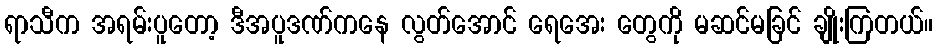
ရာသီက အရမ်းပူတော့ ဒီအပူဒဏ်ကနေ လွတ်အောင် ရေအေး တွေကို မဆင်မခြင် ချိုးကြတယ်။